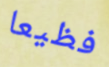
فظيعا